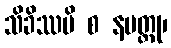
သိခိဿပိ စ နမတ္ထု၊